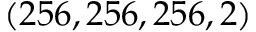
( 2 5 6 , 2 5 6 , 2 5 6 , 2 )